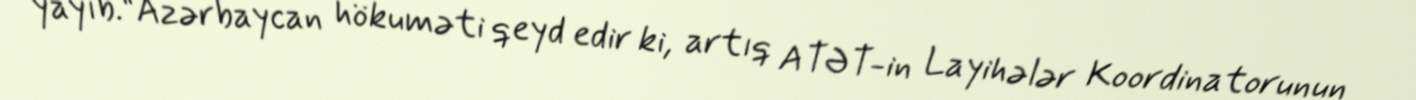
yayıb.“Azərbaycan hökuməti qeyd edir ki, artıq ATƏT-in Layihələr Koordinatorunun